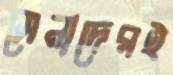
সেনাদেরই